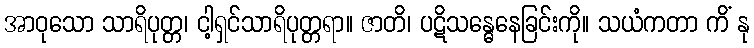
အာဝုသော သာရိပုတ္တ၊ ငါ့ရှင်သာရိပုတ္တရာ။ ဇာတိ၊ ပဋိသန္ဓေနေခြင်းကို။ သယံကတာ ကိံ နု